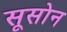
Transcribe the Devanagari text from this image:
सूसोन